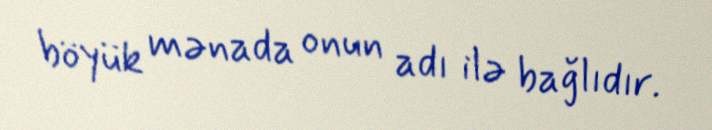
böyük mənada onun adı ilə bağlıdır.